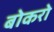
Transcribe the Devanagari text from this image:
बोकरो